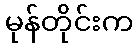
မုန်တိုင်းက